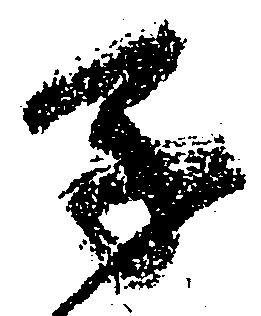
子